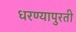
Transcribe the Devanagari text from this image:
धरण्यापुरती